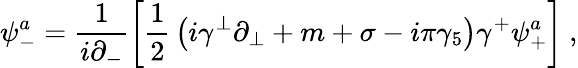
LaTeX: \psi_{-}^{a}=\frac{1}{i\partial_{-}}\left[{\frac{1}{2}}\left(i\gamma^{\perp}\partial_{\perp}+m+\sigma-i\pi\gamma_{5}\right)\gamma^{+}\psi_{+}^{a}\right]~,